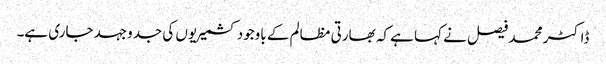
ڈاکٹر محمد فیصل نے کہا ہے کہ بھارتی مظالم کے باوجود کشمیریوں کی جدوجہد جاری ہے۔